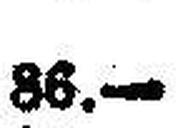
86.—